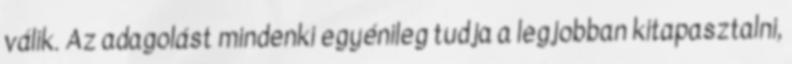
válik. Az adagolást mindenki egyénileg tudja a legjobban kitapasztalni,